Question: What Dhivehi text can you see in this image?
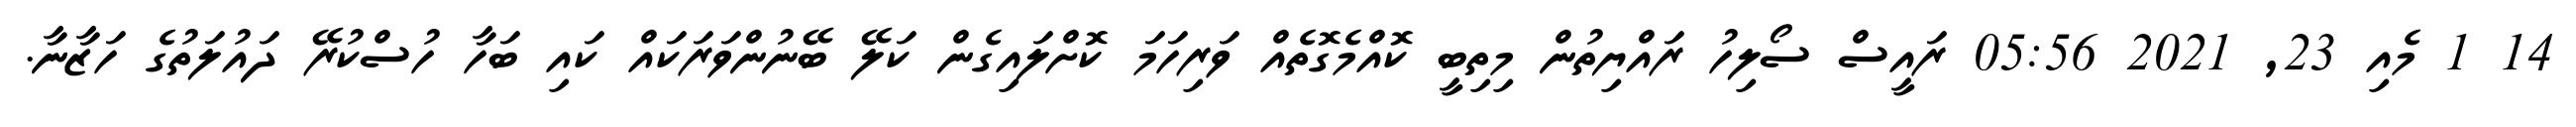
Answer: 14 1 މެއި 23, 2021 05:56 ރައީސް ސޯލިހު ރައްޔިތުން މިތިބީ ކޮއްމެގޮތެއް ވަރިހަމަ ކޮށްލައިގެން ކަލޭ ބޭނުންވަރަކައް ކައި ބަހާ ހުސްކުރޭ ދައުލަތުގެ ހަޒާނާ.